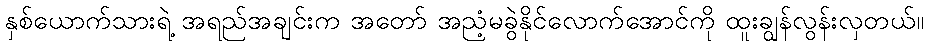
နှစ်ယောက်သားရဲ့ အရည်အချင်းက အတော် အညံ့မခွဲနိုင်လောက်အောင်ကို ထူးချွန်လွန်းလှတယ်။